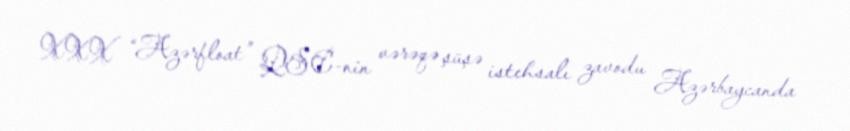
XXX “Azərfloat” QSC-nin vərəqə şüşə istehsalı zavodu Azərbaycanda